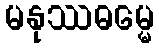
မနုဿဓမ္မေ